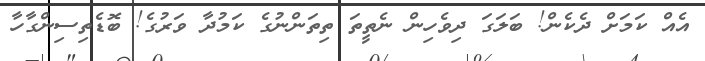
އެއް ކަމަށް ދެކެން! ބަލަގަ ދިވެހިން ނެތީތަ ތިތަންނުގެ ކަމުދާ ވަރުގެ! ބޮޑެތިސިންގާހާ